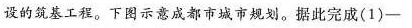
设的筑基工程。下图示意成都市城市规划。据此完成(1)-